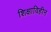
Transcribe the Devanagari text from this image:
शिक्षाविहीन